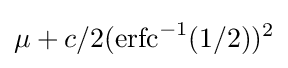
\mu +c/2({\textrm {erfc}}^{-1}(1/2))^{2}